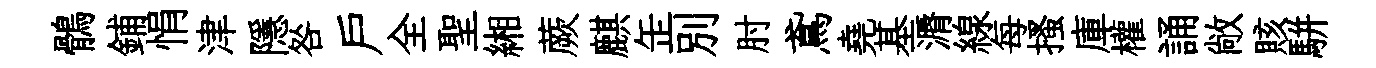
鶻鋪悁津隱咎户全聖緗蕨麒𦈢别肘鳶堯基漘線每搔庫權誦敞賅駢